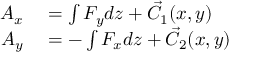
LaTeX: \begin{array} { r l } { A _ { x } } & { { } = \int F _ { y } d z + { \vec { C _ { 1 } } } ( x , y ) } \\ { A _ { y } } & { { } = - \int F _ { x } d z + { \vec { C _ { 2 } } } ( x , y ) } \end{array}